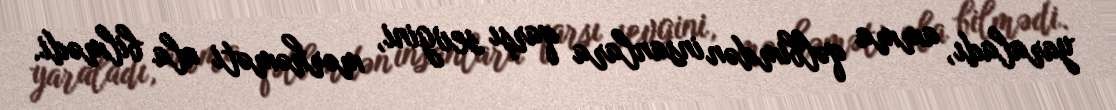
yaraladı, amma qəlbimdən insanlara qarşı sevgini, mərhəməti ala bilmədi.